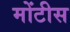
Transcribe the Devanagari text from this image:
मोंटीस